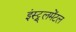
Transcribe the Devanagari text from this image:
इंस्ट्रूलमेंटल